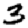
Digit: 3